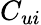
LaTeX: {C_{ui}}